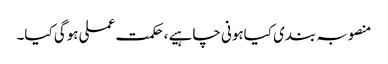
منصوبہ بندی کیاہونی چاہیے ،حکمت عملی ہوگی کیا۔